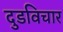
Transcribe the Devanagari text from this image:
दुडविचार